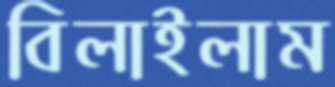
বিলাইলাম